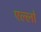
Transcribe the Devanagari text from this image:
एल्लो